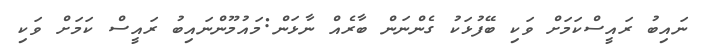
ނައިބު ރައީސްކަމަށް ވަކި ބޭފުޅަކު ގެންނަން ބާރެއް ނާޅަން:މައުމޫންނައިބު ރައީސް ކަމަށް ވަކި